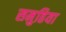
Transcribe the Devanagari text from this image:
समुहिया